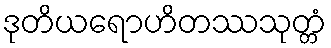
ဒုတိယရောဟိတဿသုတ္တံ